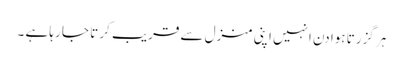
ہر گزرتا ہوا دن انہیں اپنی منزل سے قریب کر تا جا رہا ہے ۔